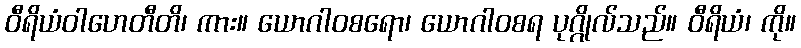
ဝီရိယံဝါဟေတီတိ၊ ကား။ ယောဂါဝစရော၊ ယောဂါဝစရ ပုဂ္ဂိုလ်သည်။ ဝီရိယံ၊ ကို။